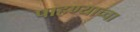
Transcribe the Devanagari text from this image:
पाहण्याच्चा